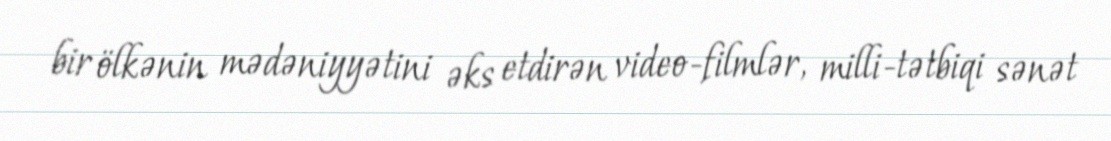
bir ölkənin mədəniyyətini əks etdirən video-filmlər, milli-tətbiqi sənət